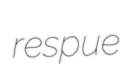
respue